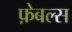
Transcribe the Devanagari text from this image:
फ़ेबल्स